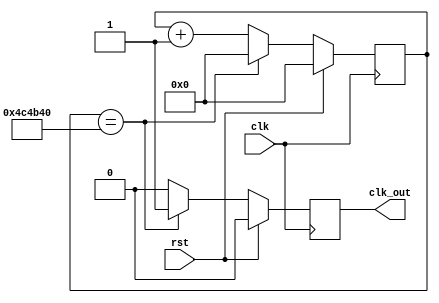
`timescale 1ns / 1ps
module clock_divisor_0_0_5s (clk, clk_out, rst);
output reg clk_out = 1'b0;
input clk, rst;
reg [31:0]count = 32'd0;
always@(posedge clk) begin
    if(rst) begin
        clk_out <= 0;
        count <= 0;
    end
    else if(count == 32'd5000000) begin
        count <= 32'd0;
        clk_out <= 1;
    end
    else begin
        clk_out <= 0;
        count <= count + 1'b1;
    end
end
endmodule